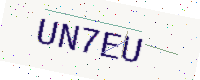
Text: UN7EU